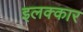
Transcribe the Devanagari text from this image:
इलक्कार